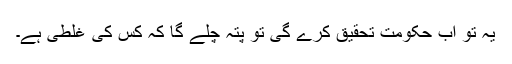
یہ تو اب حکومت تحقیق کرے گی تو پتہ چلے گا کہ کس کی غلطی ہے۔